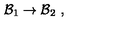
{ \cal B } _ { 1 } \rightarrow { \cal B } _ { 2 } \ ,